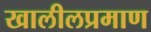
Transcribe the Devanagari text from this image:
खालीलप्रमाण